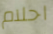
احلام